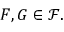
F , G \in { \mathcal { F } } .